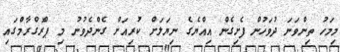
މިމަހު ތިންވަނަ ދުވަހުން ފެށިގެން އިއްޔެގެ ނިޔަލަށް ކުރިއަށް ގެންދެވުނު މި ޕްރޮގްރާމްގައި